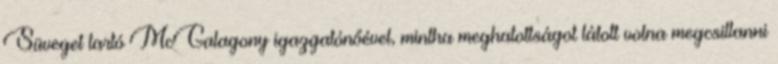
Süveget tartó McGalagony igazgatónőével, mintha meghatottságot látott volna megcsillanni